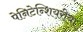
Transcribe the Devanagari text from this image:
पेनिटेन्शियरीया